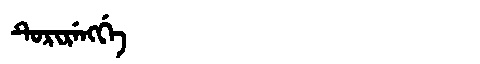
Manchu: ᡨᡠᡵᡳᡵᡝᠩᡤᡝ
Romanization: TURIRENGGE